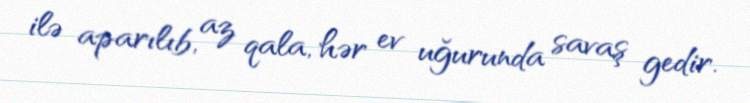
ilə aparılıb, az qala, hər ev uğurunda savaş gedir.